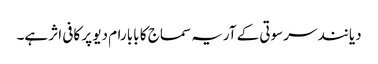
دیانند سرسوتی کے آریہ سماج کا بابا رام دیو پر کافی اثر ہے۔